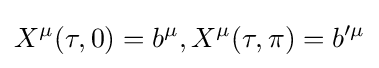
X^{\mu }(\tau ,0)=b^{\mu },X^{\mu }(\tau ,\pi )=b'^{\mu }